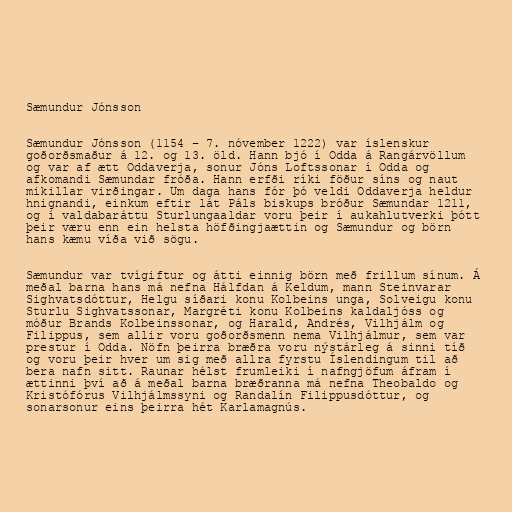
Sæmundur Jónsson

Sæmundur Jónsson (1154 – 7. nóvember 1222) var íslenskur
goðorðsmaður á 12. og 13. öld. Hann bjó í Odda á Rangárvöllum
og var af ætt Oddaverja, sonur Jóns Loftssonar í Odda og
afkomandi Sæmundar fróða. Hann erfði ríki föður síns og naut
mikillar virðingar. Um daga hans fór þó veldi Oddaverja heldur
hnignandi, einkum eftir lát Páls biskups bróður Sæmundar 1211,
og í valdabaráttu Sturlungaaldar voru þeir í aukahlutverki þótt
þeir væru enn ein helsta höfðingjaættin og Sæmundur og börn
hans kæmu víða við sögu.

Sæmundur var tvígiftur og átti einnig börn með frillum sínum. Á
meðal barna hans má nefna Hálfdan á Keldum, mann Steinvarar
Sighvatsdóttur, Helgu síðari konu Kolbeins unga, Solveigu konu
Sturlu Sighvatssonar, Margréti konu Kolbeins kaldaljóss og
móður Brands Kolbeinssonar, og Harald, Andrés, Vilhjálm og
Filippus, sem allir voru goðorðsmenn nema Vilhjálmur, sem var
prestur í Odda. Nöfn þeirra bræðra voru nýstárleg á sinni tíð
og voru þeir hver um sig með allra fyrstu Íslendingum til að
bera nafn sitt. Raunar hélst frumleiki í nafngjöfum áfram í
ættinni því að á meðal barna bræðranna má nefna Theobaldo og
Kristófórus Vilhjálmssyni og Randalín Filippusdóttur, og
sonarsonur eins þeirra hét Karlamagnús.